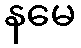
နမေ